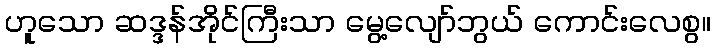
ဟူသော ဆဒ္ဒန်အိုင်ကြီးသာ မွေ့လျော်ဘွယ် ကောင်းလေစွ။